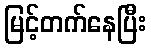
မြင့်တက်နေပြီး